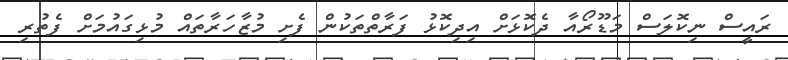
ރައީސް ނިކޮލަސް މަޑޫރޯއާ ދެކޮޅަށް އިދިކޮޅު ފަރާތްތަކުން ފެށި މުޒާހަރާތައް މުޅިގައުމަށް ފެތުރި